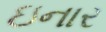
ઇનાર